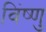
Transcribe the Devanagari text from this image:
विंष्णु